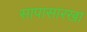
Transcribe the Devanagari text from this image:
सापासारखा